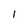
Character: l